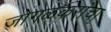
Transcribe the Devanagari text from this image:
जोगळेकरांचा